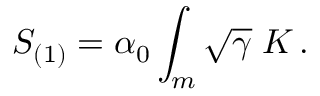
S _ { ( 1 ) } = \alpha _ { 0 } \int _ { m } \sqrt { \gamma } \; K \, .